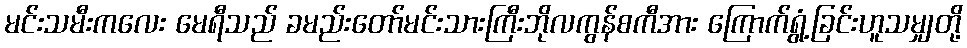
မင်းသမီးကလေး မေရီသည် ခမည်းတော်မင်းသားကြီးဘိုလကွန်စကီအား ကြောက်ရွံ့ခြင်းဟူသမျှတို့